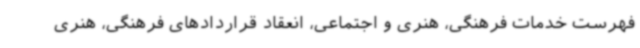
فهرست خدمات فرهنگی، هنری و اجتماعی، انعقاد قراردادهای فرهنگی، هنری